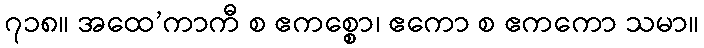
၇၁၈။ အထေ’ကာကီ စ ဧကစ္စော၊ ဧကော စ ဧကကော သမာ။